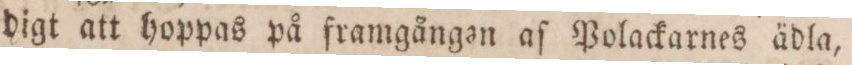
digt att hoppas på framgången aſ Polackarnes ädla,